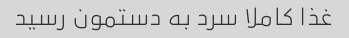
غذا کاملا سرد به دستمون رسید